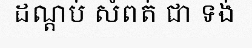
ដណ្តប់ សំពត់ ជា ទង់